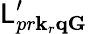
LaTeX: \mathsf{L}_{pr\mathbf{k}_{r}\mathbf{q}\mathbf{G}}^{\prime}